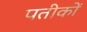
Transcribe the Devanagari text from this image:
पतीकों